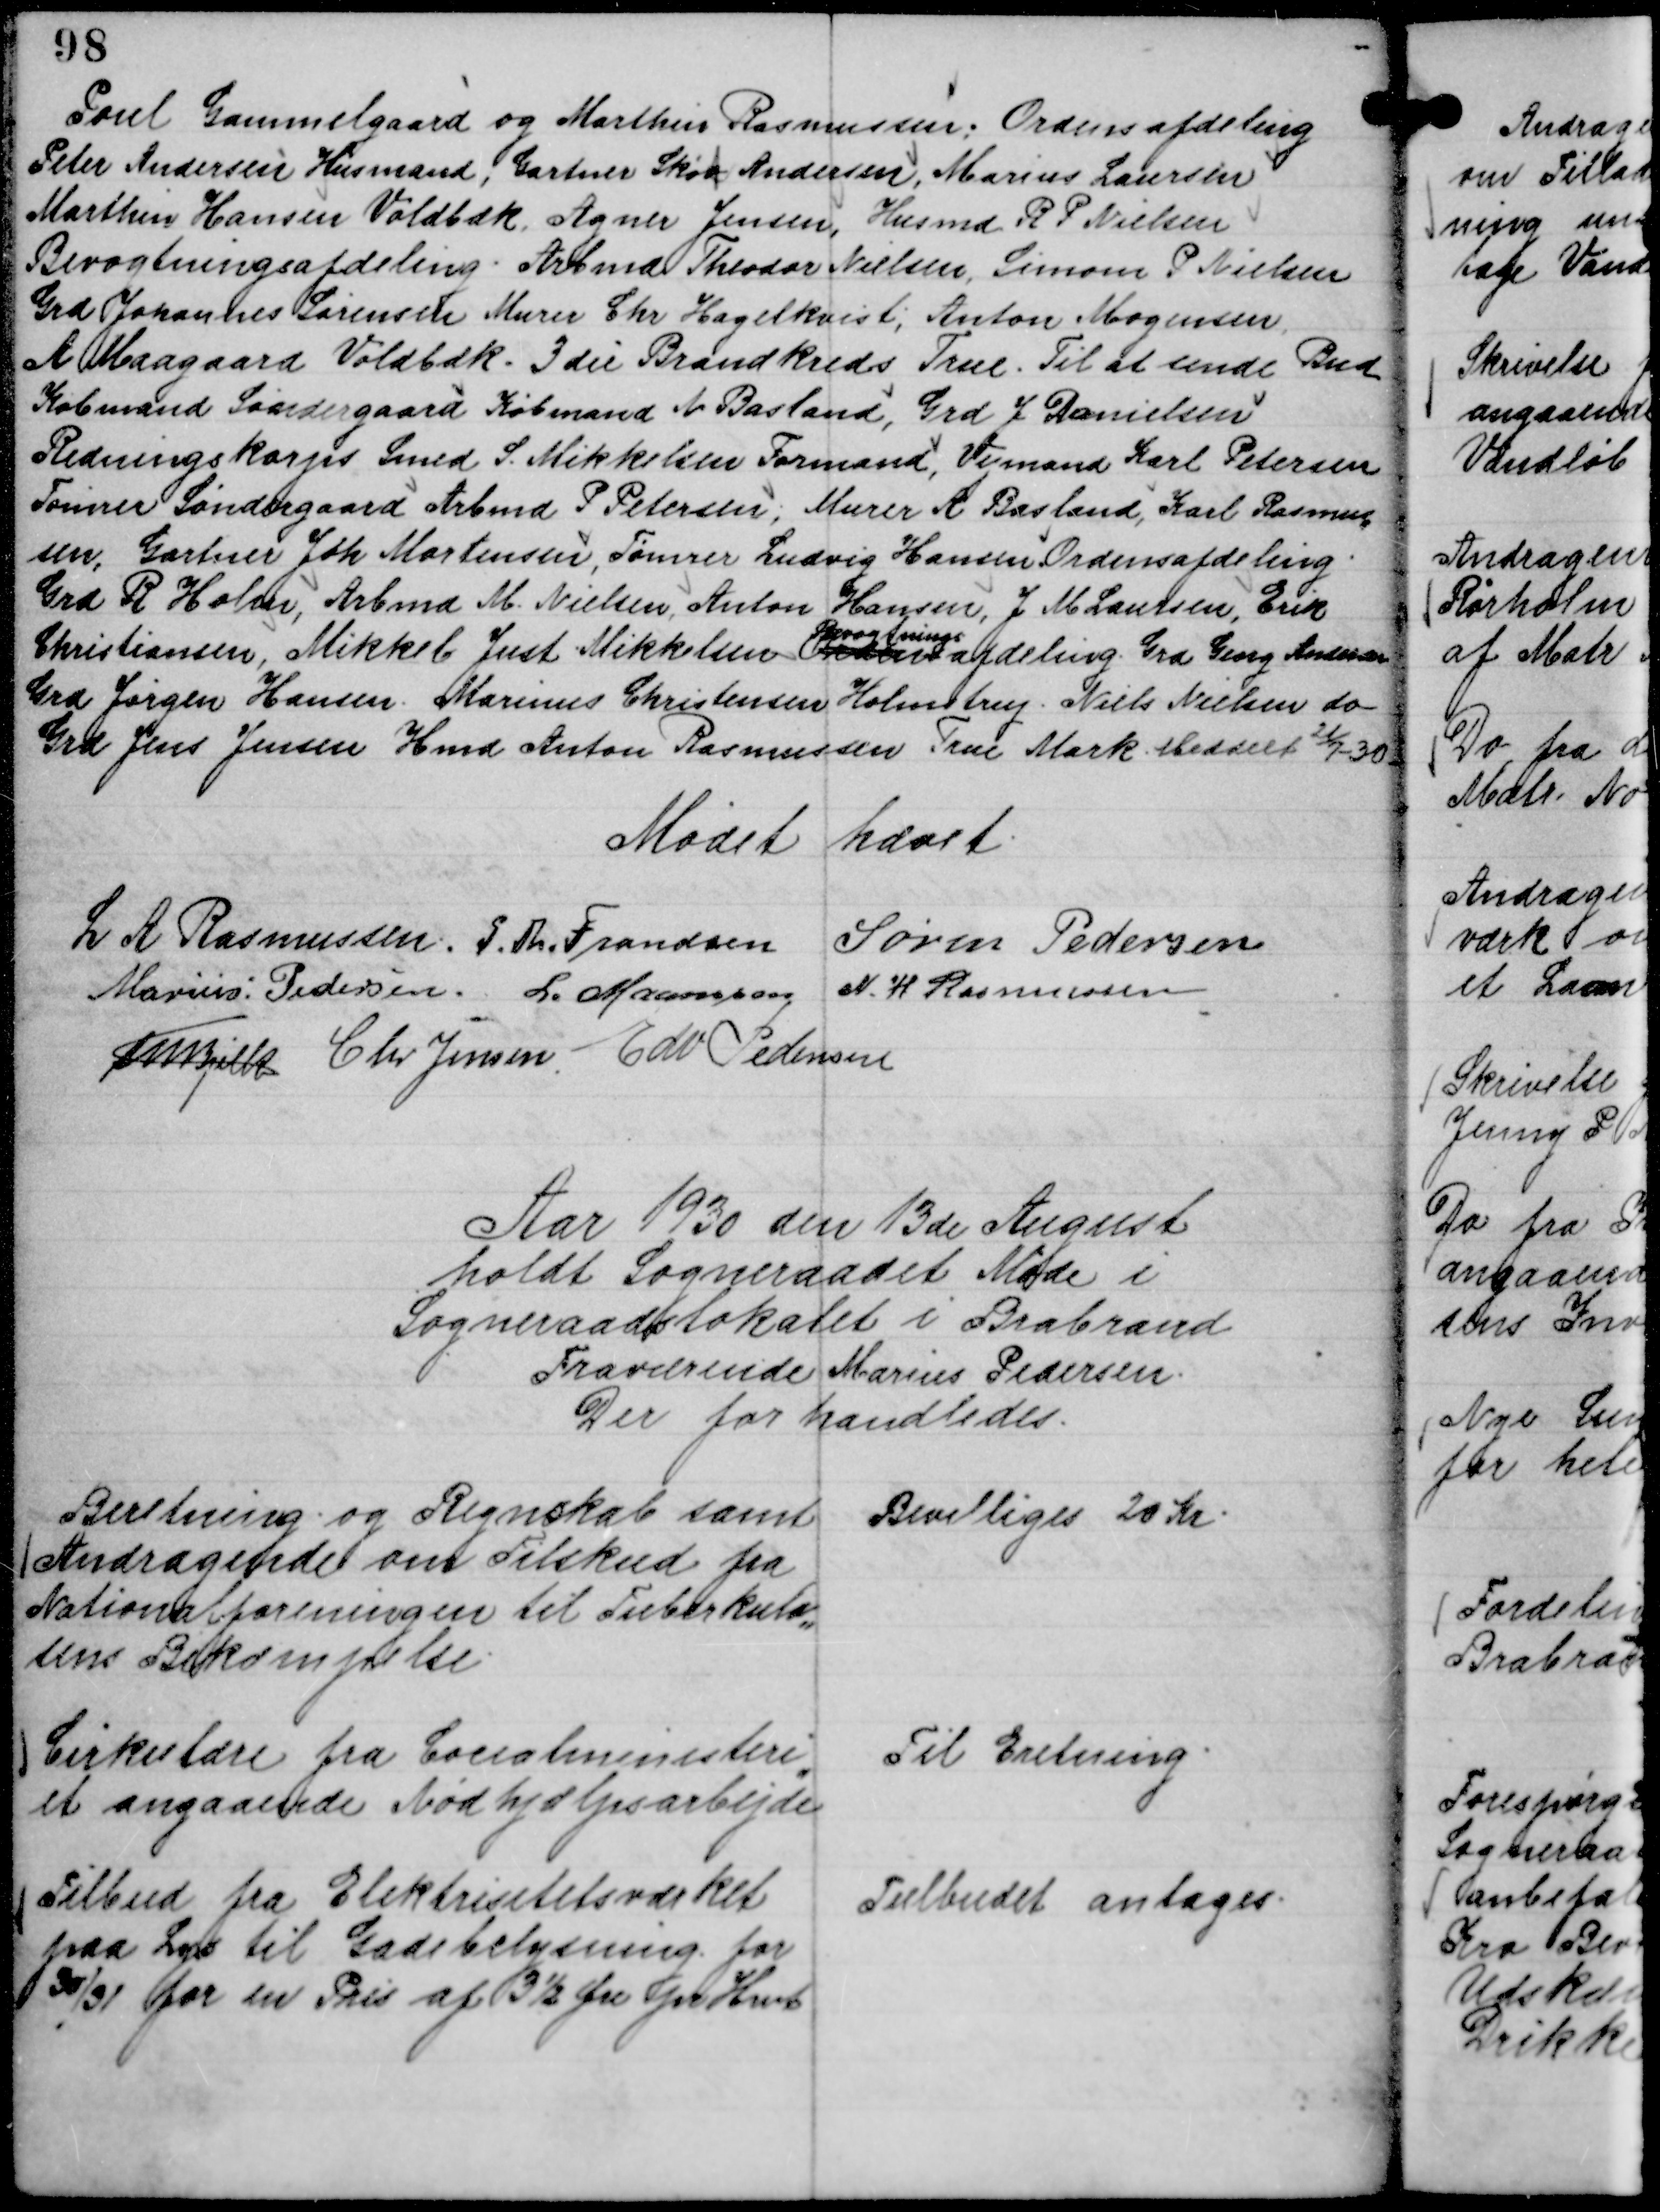
Transskription:
Poul Gammelgaard og Marthin Rasmussen; Ordensafdeling
Peter Andersen Husmand, Gartner Skød Andersen, Marius Laursen
Marthin Hansen Voldbæk, Agner Jensen, Husmd R P Nielsen 
Bevogtningsafdeling. Arbmd Theodor Nielsen, Simom P Nielsen
Grd Johannes Sørensen Murer Chr Hagelkvist; Anton Mogensen,
A Maagaard Voldbæk. 3 die Brandkreds True. Til at sende Bud
Købmand Søndergaard Købmand N Basland, Grd J Danielsen
Redningskorps Smed S. Mikkelsen Formand, Veimand Karl Petersen
Tømrer Søndergaard Arbmd P Petersen; Murer A Basland, Karl Rasmus,,
sen, Gartner Joh Mortensen, Tømrer Ludvig Hansen. Ordensafdeling.
Grd R Holm, Arbmd M. Nielsen, Anton Hansen, J M Laursen, Erik
Christiansen, Mikkel Just Mikkelsen Ordens
Bevogtnings
afdeling Grd Georg Andersen
Grd Jørgen Hansen. Marinus Christensen Holmstrup. Niels Nielsen do
Grd Jens Jensen Hmd Anton Rasmussen True Mark. Meddelt
21/7 -30

Mødet hævet.
L A Rasmussen.
P. Th. Frandsen
Søren Pedersen
Marius Pedersen.
L. Maansson
N. H Rasmussen
Th Bjelke
Chr Jensen
Edv Pedersen

Aar 1930 den 13de August
holdt Sogneraadet Møde i
Sogneraadslokalet i Brabrand
Fraværende Marius Pedersen.
Der forhandledes.

Beretning og Regnskab samt
Andragende om Tilskud fra
Nationalforeningen til Tuberkulo,,
sens Bekæmpelse.

Bevilliges 20 Kr.

Cirkulære fra Cocialministeri,,
et angaaende Nødhjælpsarbejde

Til Eretning.

Tilbud fra Elektrisetetsværket
paa Lys til Gadebelysning for
30/31 for en Pris af 3½ Øre pr Hwt

Tilbudet antages.